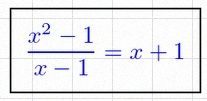
\frac{x^2-1}{x-1}=x+1